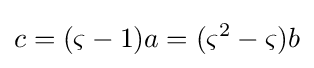
c=(\varsigma -1)a=(\varsigma ^{2}-\varsigma )b